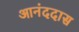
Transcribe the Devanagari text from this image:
आनंददास